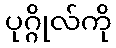
ပုဂ္ဂိုလ်ကို